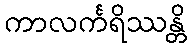
ကာလင်္ကရိဿန္တိ